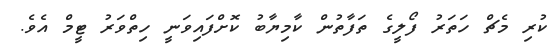
ކުރި މެޗް ހަތަރު ފޯލީގެ ތަފާތުން ކާމިޔާބު ކޮށްފައިވަނީ ހިތްވަރު ޓީމް އެވެ.